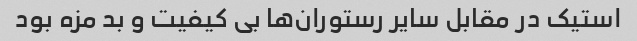
استیک در مقابل سایر رستوران‌ها بی کیفیت و بد مزه بود